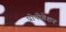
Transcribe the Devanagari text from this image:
प्रोपोगेशन